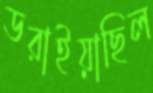
ডরাইয়াছিল